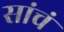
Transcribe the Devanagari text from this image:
सांचं